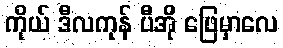
ကိုယ် ဒီလကုန် ပီအို ဖြေမှာလေ